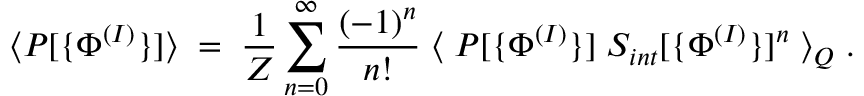
\langle P [ \{ \Phi ^ { ( I ) } \} ] \rangle \; = \; \frac { 1 } { Z } \sum _ { n = 0 } ^ { \infty } \frac { ( - 1 ) ^ { n } } { n ! } \; \langle \; P [ \{ \Phi ^ { ( I ) } \} ] \; S _ { i n t } [ \{ \Phi ^ { ( I ) } \} ] ^ { n } \; \rangle _ { Q } \; .